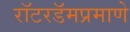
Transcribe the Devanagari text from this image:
रॉटरडॅमप्रमाणे